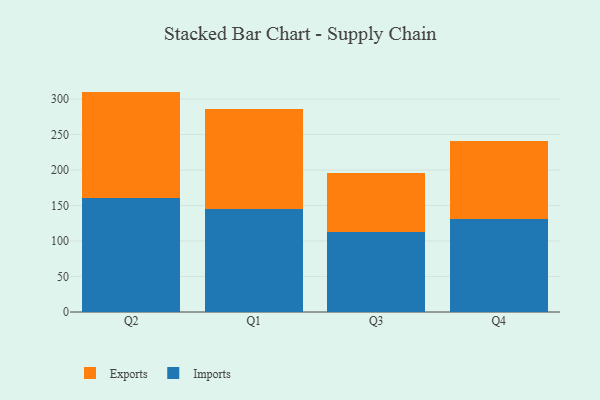
{"axis": {"x": "Quarter", "y": "Tickets Resolved"}, "legend": ["Exports", "Imports"], "data": [{"x": "Q2", "y": 160.3, "type": "Imports"}, {"x": "Q2", "y": 150.2, "type": "Exports"}, {"x": "Q1", "y": 145.5, "type": "Imports"}, {"x": "Q1", "y": 140.8, "type": "Exports"}, {"x": "Q3", "y": 113.4, "type": "Imports"}, {"x": "Q3", "y": 82.8, "type": "Exports"}, {"x": "Q4", "y": 130.6, "type": "Imports"}, {"x": "Q4", "y": 110.6, "type": "Exports"}]}